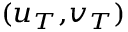
\scriptstyle ( u _ { T } , v _ { T } )